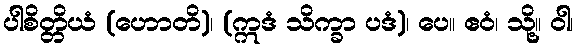
ပါစိတ္တိယံ (ဟောတိ)၊ (ဣဒံ သိက္ခာ ပဒံ)၊ ပေ။ ဧဝံ၊ သို့။ ဝါ၊